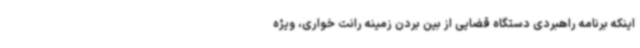
اینکه برنامه راهبردی دستگاه قضایی از بین بردن زمینه رانت خواری، ویژه